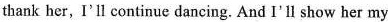
thank her, I'll continue dancing. And I'll show her my